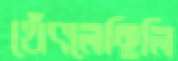
থেঁৎলেছিলি